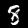
Label: 8